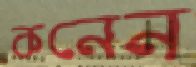
কনেন